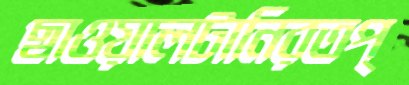
ছাওয়ালটানিরতপ্